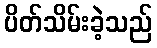
ပိတ်သိမ်းခဲ့သည်